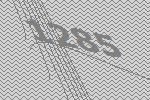
1285